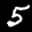
Digit: 5